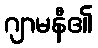
ဂျာမနီ၏